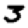
Digit: 3